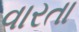
વારતા